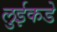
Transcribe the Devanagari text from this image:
लुईकडे